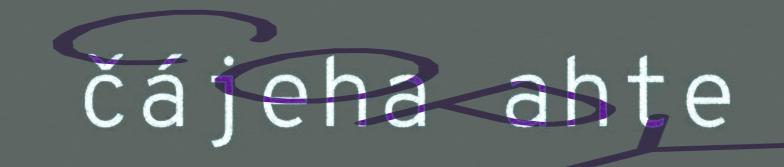
čájeha ahte